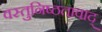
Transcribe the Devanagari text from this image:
वस्तुनिष्ठतावाद्